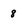
Character: 8